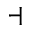
\dashv